38_143685_box7_Incident_Summaries_1-100
Agency: Department of War
Page 72
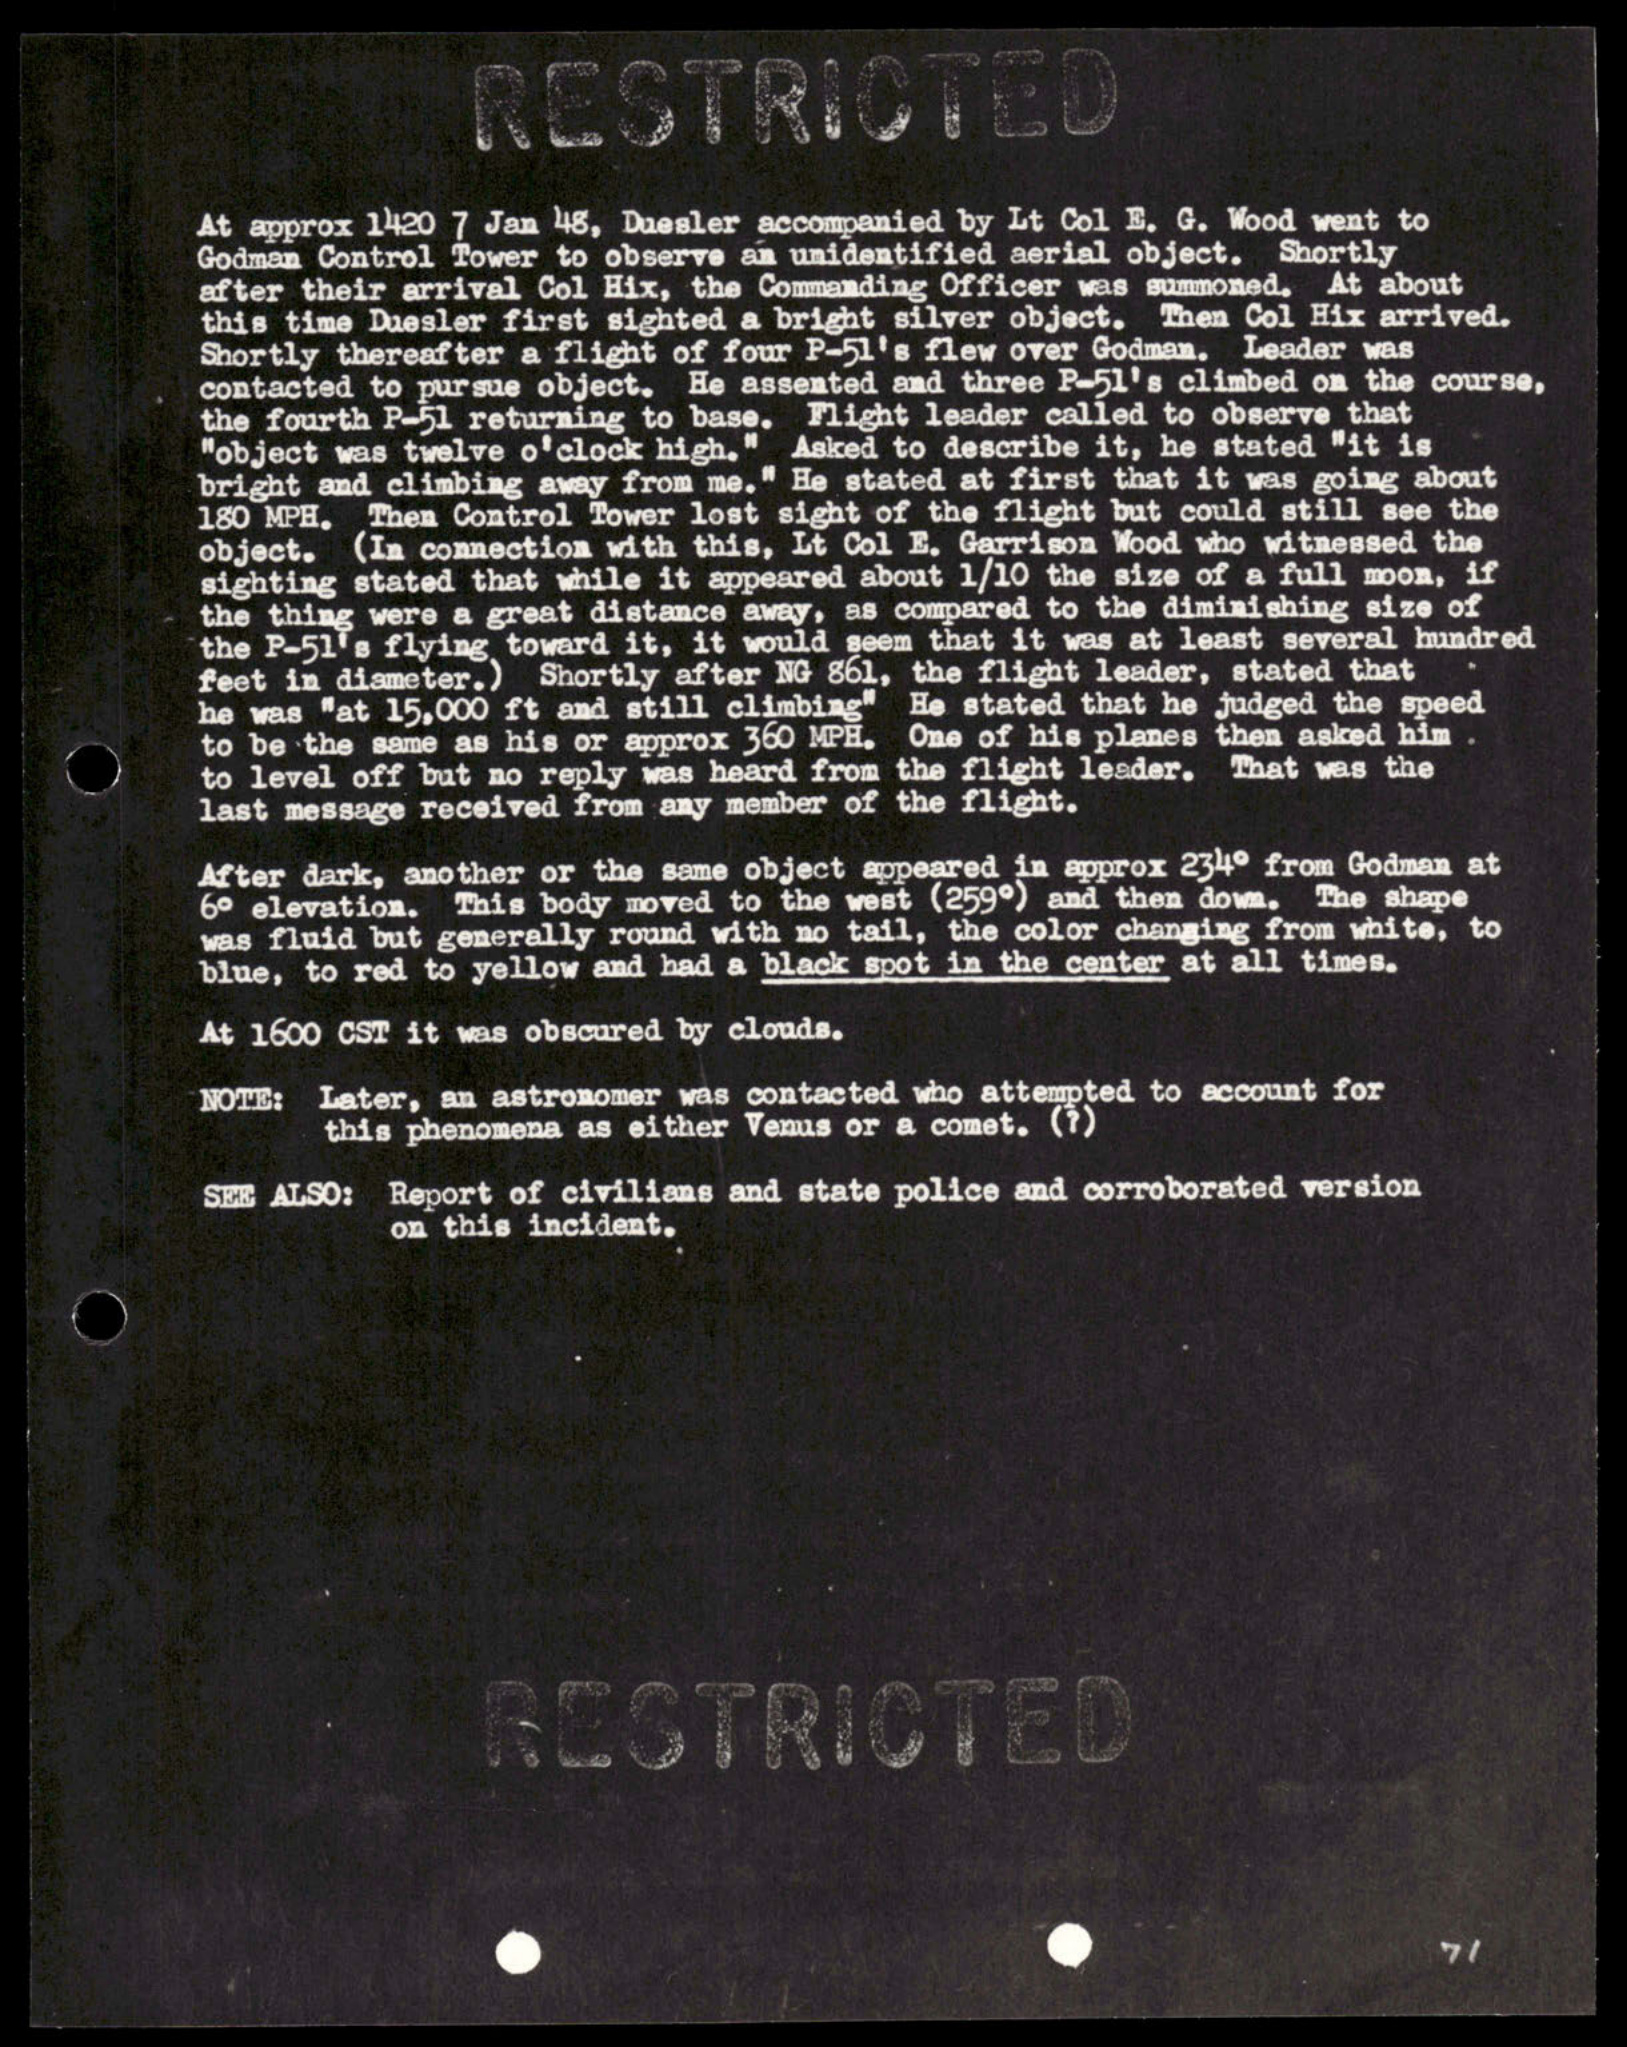